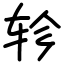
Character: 轸